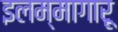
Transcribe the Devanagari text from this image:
इलम्मागारू